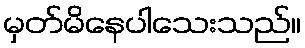
မှတ်မိနေပါသေးသည်။